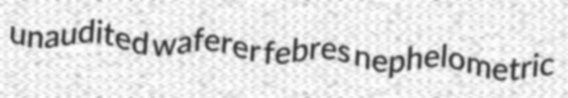
unaudited waferer febres nephelometric